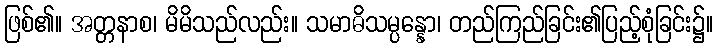
ဖြစ်၏။ အတ္တနာစ၊ မိမိသည်လည်း။ သမာဓိသမ္ပန္နော၊ တည်ကြည်ခြင်း၏ပြည့်စုံခြင်း၌။